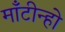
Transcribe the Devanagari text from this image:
माँटीन्हो